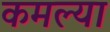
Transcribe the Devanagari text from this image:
कमल्या